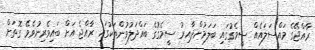
ރާއްޖޭގެ މައްސަލައެއް ސީމެގުގައި ބަލަމުންދާއިރު ސީމެގުގެ ބައްދަލުވުންތަކުގައި ރާއްޖެ އަށް ބައިވެރިނުވެވޭ ގޮތަށް